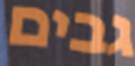
גבים